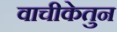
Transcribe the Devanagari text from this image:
वाचीकेतुन